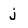
Character: j